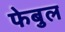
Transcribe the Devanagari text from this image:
फेबुल